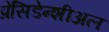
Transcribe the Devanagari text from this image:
प्रेसिडेन्शीअल